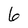
Character: 6